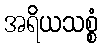
အရိယသစ္စံ